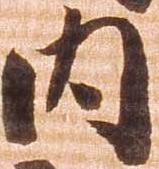
内